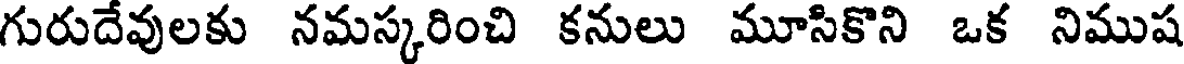
గురుదేవులకు నమస్కరించి కనులు మూసికొని ఒక నిముష